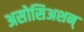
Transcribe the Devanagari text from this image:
असोसिअशन्